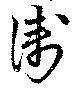
衛